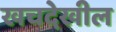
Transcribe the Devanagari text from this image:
खचदेखील